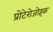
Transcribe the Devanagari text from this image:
प्रोटेरोजोइक